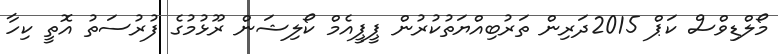
މޯލްޑިވްސް ކަޕް 2015ދަރިން ތަރުބިއްޔަތުކުރުން ޕީޕީއެމް ކޯލިޝަން ރޫޅުމުގެ ފުރުސަތު އޮތީ ކިހާ